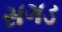
સગડ